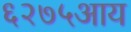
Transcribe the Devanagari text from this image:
६२७५आय